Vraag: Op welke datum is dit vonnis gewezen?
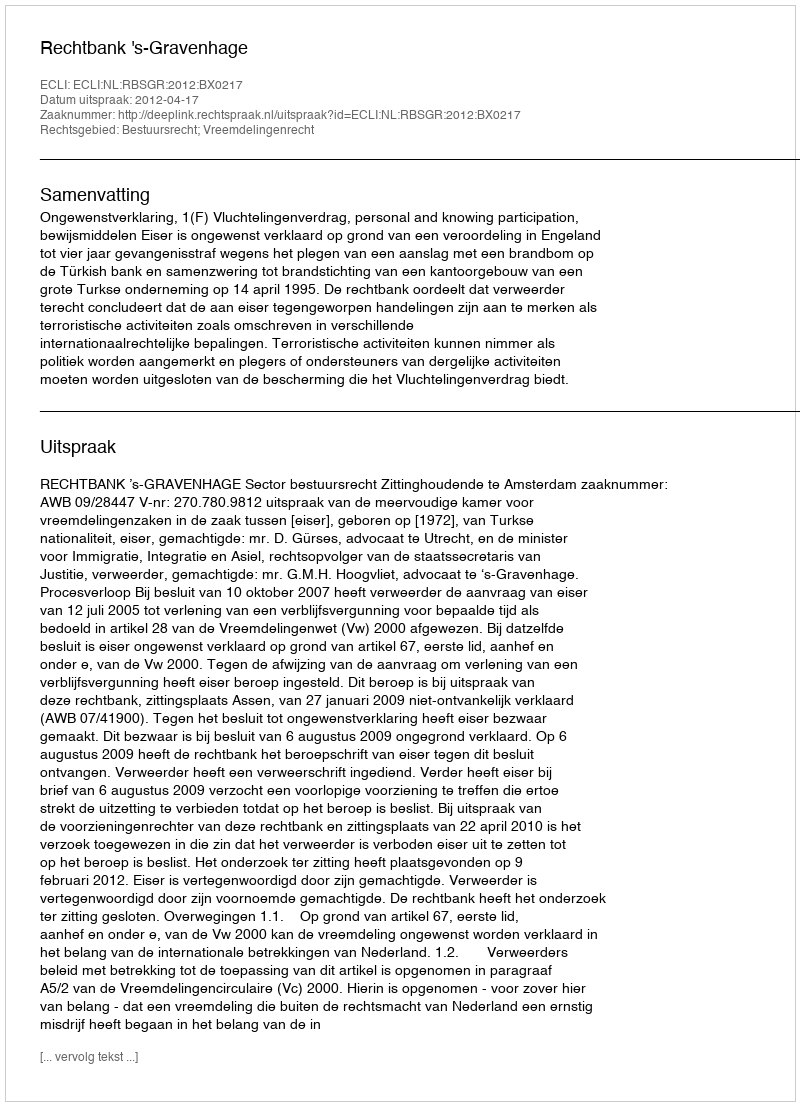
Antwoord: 2012-04-17